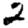
Digit: 2